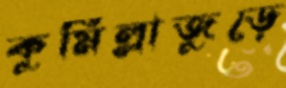
কুমিল্লাজুড়ে